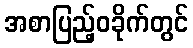
အစာပြည့်ဝခိုက်တွင်